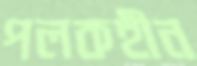
পলকহীন